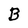
Character: B